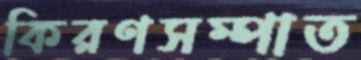
কিরণসম্পাত